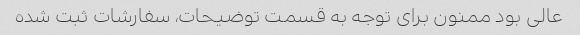
عالی بود ممنون برای توجه به قسمت توضیحات، سفارشات ثبت شده